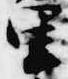
里